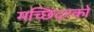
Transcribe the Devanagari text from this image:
मच्छिंदरको